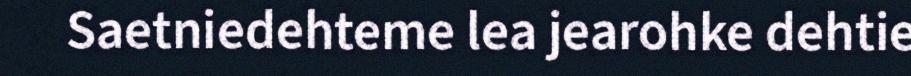
Saetniedehteme lea jearohke dehtie